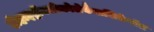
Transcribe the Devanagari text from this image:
डीहाइड्रॉक्सीकोलेकैलसिफ़ेरॉल